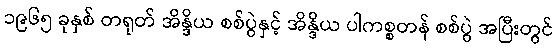
၁၉၆၅ ခုနှစ် တရုတ် အိန္ဒိယ စစ်ပွဲနှင့် အိန္ဒိယ ပါကစ္စတန် စစ်ပွဲ အပြီးတွင်